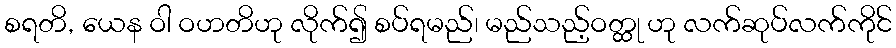
စရတိ, ယေန ဝါ ဝဟတိဟု လိုက်၍ စပ်ရမည်၊ မည်သည့်ဝတ္ထု ဟု လက်ဆုပ်လက်ကိုင်